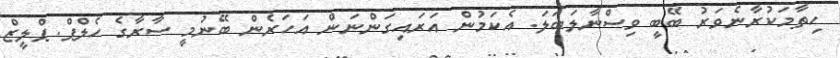
ހިތާމަކުރާނެވަރު ބޭބީ ވިސްނާލަބަލަ. އެކަމުން އަރައިގަންނަން އަހަރެން ބޭނުމީ ސާރާގެ ހެލްޕް. ޕްލީޒް